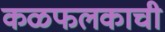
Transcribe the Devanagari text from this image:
कळफलकाची